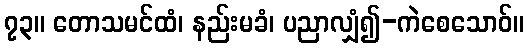
၇၃။ တောသမင်ထံ၊ နည်းမခံ၊ ပညာလျှံ၍-ကဲစေသောဝ်။